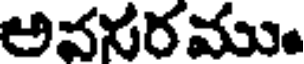
అవనరము